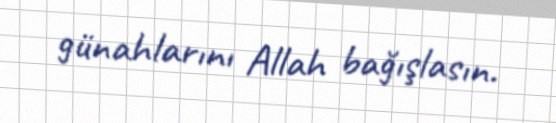
günahlarını Allah bağışlasın.